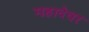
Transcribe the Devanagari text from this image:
महादेवर